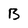
Character: B